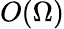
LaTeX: O(\Omega)